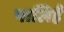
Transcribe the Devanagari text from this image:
पालिहैं